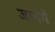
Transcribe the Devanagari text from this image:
जानेगें